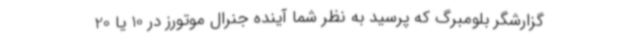
گزارشگر بلومبرگ که پرسید به نظر شما آینده جنرال موتورز در 10 یا 20